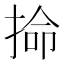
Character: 掵